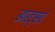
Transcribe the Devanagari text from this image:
आर्ट्सचे